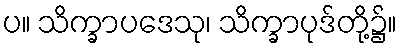
ပ။ သိက္ခာပဒေသု၊ သိက္ခာပုဒ်တို့၌။